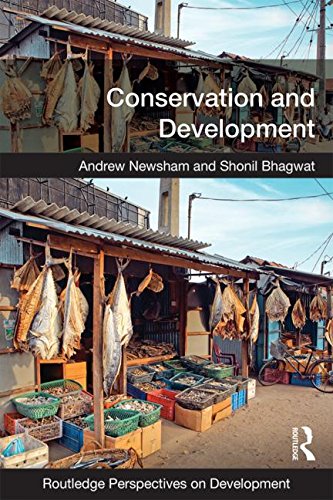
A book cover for Conservation and Development (Routledge Perspectives on Development); Andrew Newsham; Politics & Social Sciences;